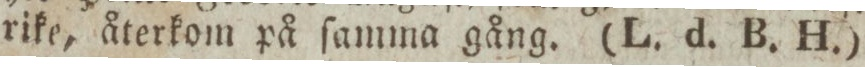
rike, återkom på ſamma gång. (L. d. B. H.)